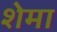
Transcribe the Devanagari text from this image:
शेमा